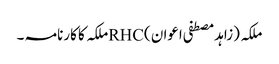
ملکہ (زاہد مصطفی اعوان )RHCملکہ کا کارنامہ ۔